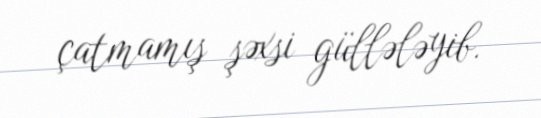
çatmamış şəxsi güllələyib.